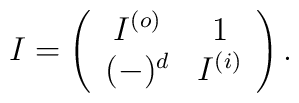
I=\left(\begin{array}{cc} I^{(o)} & 1 \\ (-)^d & I^{(i)} \end{array}\right).